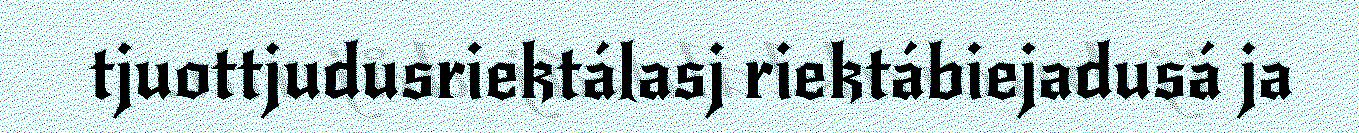
tjuottjudusriektálasj riektábiejadusá ja